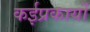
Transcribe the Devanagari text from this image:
कईप्रकार्यों